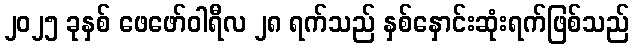
၂၀၂၅ ခုနှစ် ဖေဖော်ဝါရီလ ၂၈ ရက်သည် နှစ်နှောင်းဆုံးရက်ဖြစ်သည်